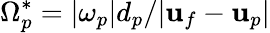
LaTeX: \Omega_{p}^{\ast}=|\mathbf{\omega}_{p}|d_{p}/|\mathbf{u}_{f}-\mathbf{u}_{p}|